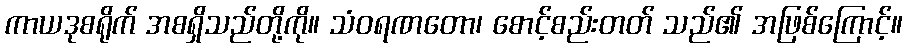
ကာယဒုစရိုက် အစရှိသည်တို့ကို။ သံဝရဏတော၊ စောင့်စည်းတတ် သည်၏ အဖြစ်ကြောင့်။